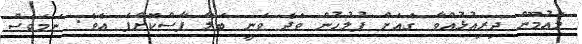
މައުމޫން ދިރިއުޅުއްވާ ގެއަށް ފުލުހުން ވަދެ ވަނީ ބަލާ ފާސްކޮށްފަ އެވެ. ނަމަވެސް